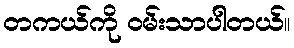
တကယ်ကို ဝမ်းသာပါတယ်။